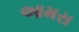
આમરા